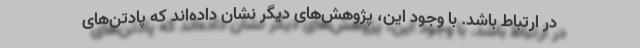
در ارتباط باشد. با وجود این، پژوهش‌های دیگر نشان داده‌اند که پادتن‌های